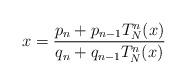
LaTeX: \begin{align*}x=\frac{p_n+p_{n-1}T_N^n(x)}{q_n+q_{n-1}T_N^n(x)}\end{align*}